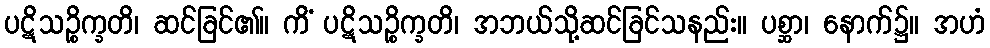
ပဋိသဉ္စိက္ခတိ၊ ဆင်ခြင်၏။ ကိံ ပဋိသဉ္စိက္ခတိ၊ အဘယ်သို့ဆင်ခြင်သနည်း။ ပစ္ဆာ၊ နောက်၌။ အဟံ